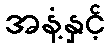
အနံ့နှင့်